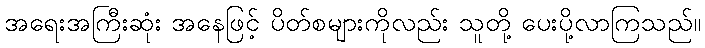
အရေးအကြီးဆုံး အနေဖြင့် ပိတ်စများကိုလည်း သူတို့ ပေးပို့လာကြသည်။